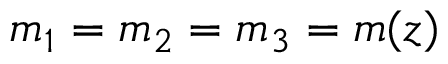
m _ { 1 } = m _ { 2 } = m _ { 3 } = m ( z )